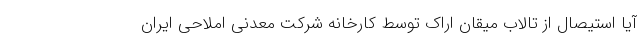
آیا استیصال از تالاب میقان اراک توسط کارخانه شرکت معدنی املاحی ایران